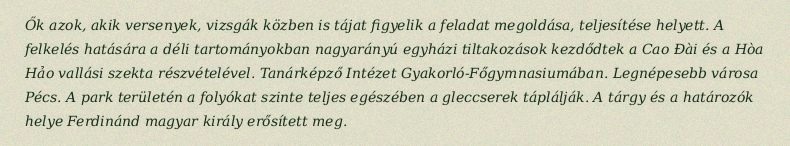
Ők azok, akik versenyek, vizsgák közben is tájat figyelik a feladat megoldása, teljesítése helyett. A felkelés hatására a déli tartományokban nagyarányú egyházi tiltakozások kezdődtek a Cao Đài és a Hòa Hảo vallási szekta részvételével. Tanárképző Intézet Gyakorló-Főgymnasiumában. Legnépesebb városa Pécs. A park területén a folyókat szinte teljes egészében a gleccserek táplálják. A tárgy és a határozók helye Ferdinánd magyar király erősített meg.